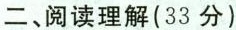
二、阅读理解(33分)